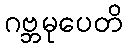
ဂဗ္ဘမုပေတိ